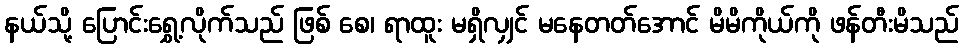
နယ်သို့ ပြောင်းရွှေ့လိုက်သည် ဖြစ် စေ၊ ရာထူး မရှိလျှင် မနေတတ်အောင် မိမိကိုယ်ကို ဖန်တီးမိသည်